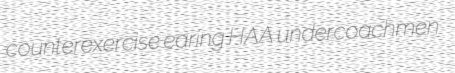
counterexercise earing HAA undercoachmen